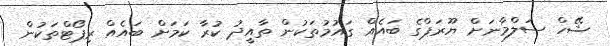
ޝޭހް ސަލްމާނަށް ޔޫރަޕްގެ ބައެއް ގައުމުތަކުން ތާއީދު ކުރާ ކަމަށް ބައެއް ރިޕޯޓްތަކުން